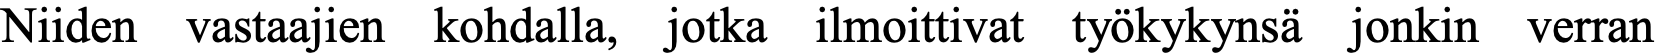
Niiden vastaajien kohdalla, jotka ilmoittivat työkykynsä jonkin verran